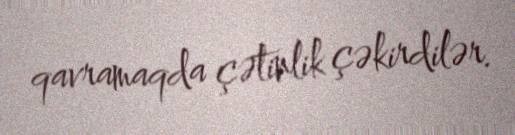
qavramaqda çətinlik çəkirdilər.